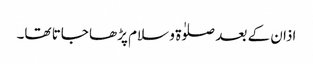
اذان کے بعد صلوٰۃ و سلام پڑھا جاتا تھا۔